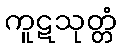
ကူဋသုတ္တံ